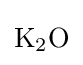
{\mathrm {K} {\vphantom {A}}_{\smash[{t}]{2}}\mathrm {O} }